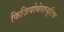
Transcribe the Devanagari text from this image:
फिज़ियोथेराप्यूटिक